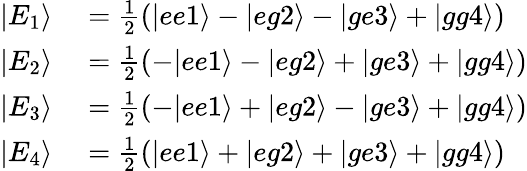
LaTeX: \begin{array}{rl}{|E_{1}\rangle}&{{}=\frac{1}{2}(|ee1\rangle-|eg2\rangle-|ge3\rangle+|gg4\rangle)}\\ {|E_{2}\rangle}&{{}=\frac{1}{2}(-|ee1\rangle-|eg2\rangle+|ge3\rangle+|gg4\rangle)}\\ {|E_{3}\rangle}&{{}=\frac{1}{2}(-|ee1\rangle+|eg2\rangle-|ge3\rangle+|gg4\rangle)}\\ {|E_{4}\rangle}&{{}=\frac{1}{2}(|ee1\rangle+|eg2\rangle+|ge3\rangle+|gg4\rangle)}\end{array}